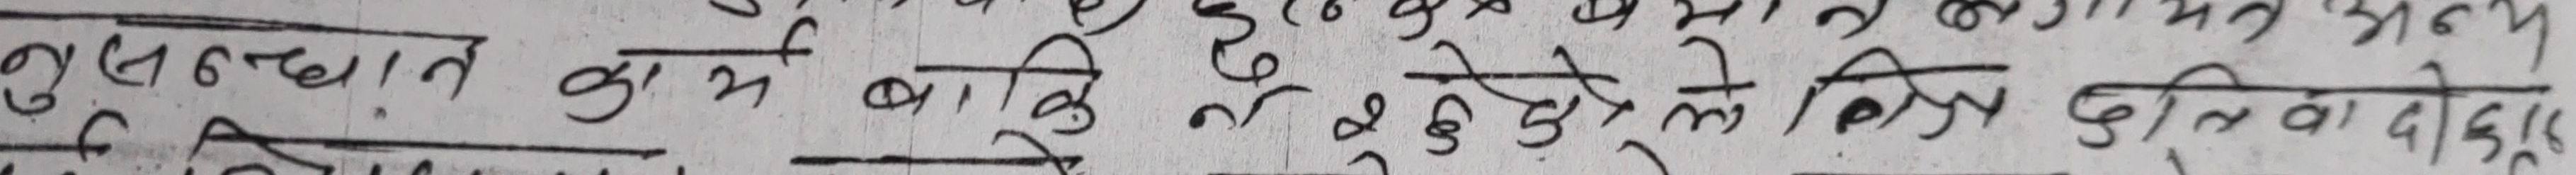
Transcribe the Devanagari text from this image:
कुलस्थान कर्म बाकि त हुने ले दिन वा दोश